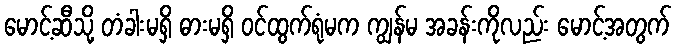
မောင့်ဆီသို့ တံခါးမရှိ ဓားမရှိ ဝင်ထွက်ရုံမက ကျွန်မ အခန်းကိုလည်း မောင့်အတွက်